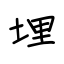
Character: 埋